画像に写った文字を読んでください
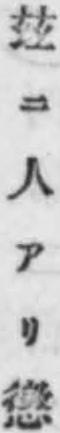
「玆ニ人アリ懲」と書いてあります